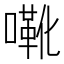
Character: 㗾